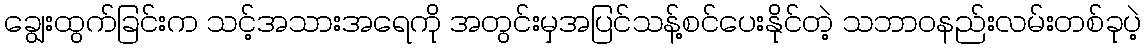
ချွေးထွက်ခြင်းက သင့်အသားအရေကို အတွင်းမှအပြင်သန့်စင်ပေးနိုင်တဲ့ သဘာဝနည်းလမ်းတစ်ခုပဲ့